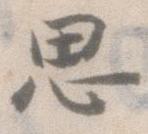
思